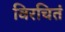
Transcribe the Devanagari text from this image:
विरचितं